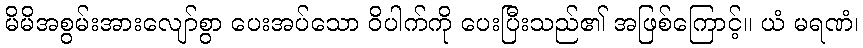
မိမိအစွမ်းအားလျော်စွာ ပေးအပ်သော ဝိပါက်ကို ပေးပြီးသည်၏ အဖြစ်ကြောင့်။ ယံ မရဏံ၊